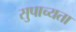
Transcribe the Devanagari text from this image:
सुपाच्यता